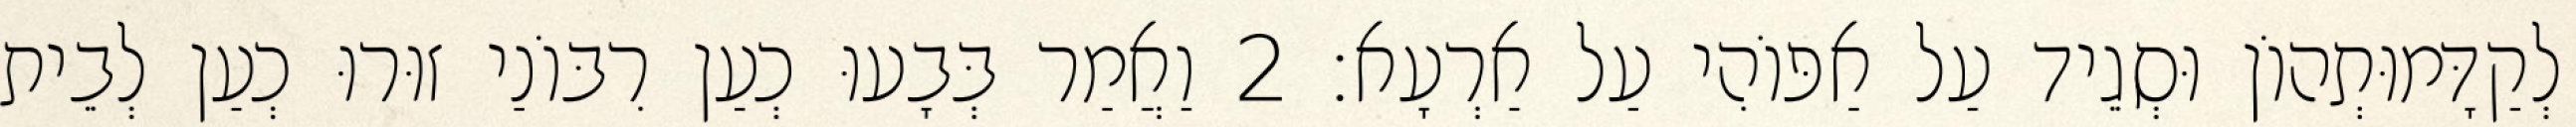
לְקַדָּמוּתְהוֹן וּסְגֵיד עַל אַפּוֹהִי עַל אַרְעָא׃ 2 וַאֲמַר בְּבָעוּ כְעַן רִבּוֹנַי זוּרוּ כְעַן לְבֵית